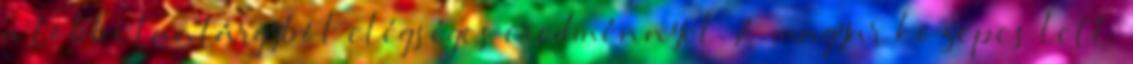
a többi tantárgyból elégséges eredménnyel. A magyar közepes lett.